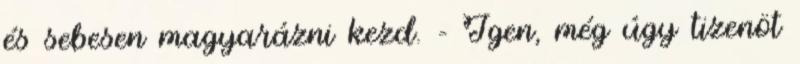
és sebesen magyarázni kezd. - Igen, még úgy tizenöt